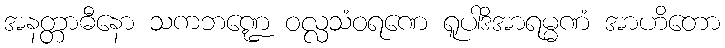
အနတ္တာဓီနော သကဘဏ္ဍေ ဝလ္လသံဝရဏေ ရူပါဒိအာရမ္မဏံ အာဟိတော